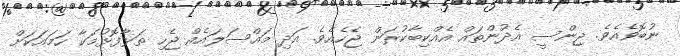
ނުބޮވެއެވެ. ޖިންސީ އެދުންތައް އެއްކިބާކުރަން ޖެހެއެވެ. އަދި މައްސަލައެއް ޖެހި ތަޅާފޮޅުމަކާ ހަމައަކަށް